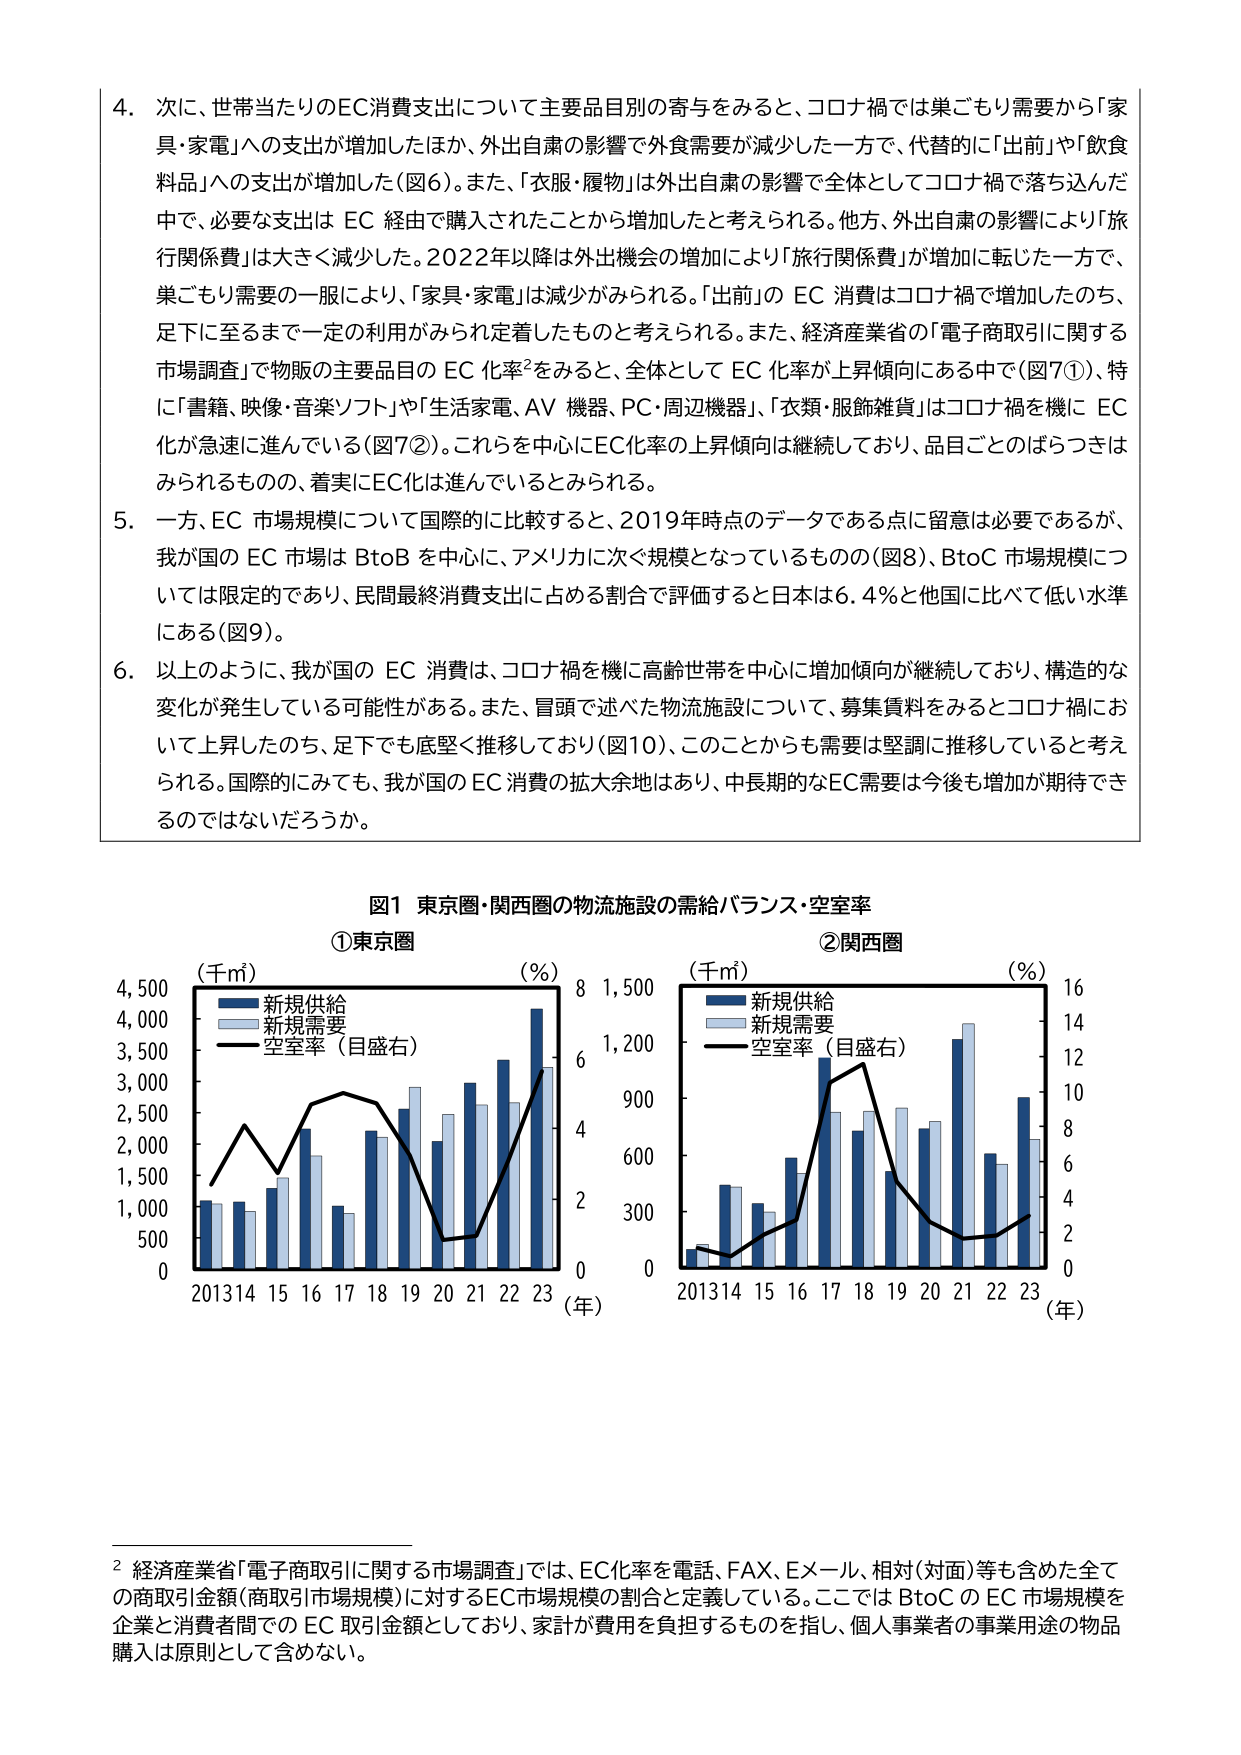
4. 次に、世帯当たりのEC消費支出について主要品目別の寄与をみると、コロナ禍では巣ごもり需要から「家具・家電」への支出が増加したほか、外出自粛の影響で外食需要が減少した一方で、代替的に「出前」や「飲食料品」への支出が増加した（図6）。また、「衣服・履物」は外出自粛の影響で全体としてコロナ禍で落ち込んだ中で、必要な支出は EC 経由で購入されたことから増加したと考えられる。他方、外出自粛の影響により「旅行関係費」は大きく減少した。2022年以降は外出機会の増加により「旅行関係費」が増加に転じた一方で、巣ごもり需要の一眼により、「家具・家電」は減少がみられる。「出前」の EC 消費はコロナ禍で増加したのち、足下に至るまで一定の利用がみられ定着したものと考えられる。また、経済産業省の「電子商取引に関する市場調査」で物販の主要品目の EC 化率²をみると、全体として EC 化率が上昇傾向にある中で（図7①）、特に「書籍、映像・音楽ソフト」や「生活家電、AV 機器、PC・周辺機器」、「衣類・服飾雑貨」はコロナ禍を機に EC 化が急速に進んでいる（図7②）。これらを中心にEC化率の上昇傾向は継続しており、品目ごとのばらつきはみられるものの、着実にEC化は進んでいるとみられる。

5. 一方、EC 市場規模について国際的に比較すると、2019年時点のデータである点に留意は必要であるが、我が国の EC 市場は BtoB を中心に、アメリカに次ぐ規模となっているものの（図8）、BtoC 市場規模については限定的であり、民間最終消費支出に占める割合で評価すると日本は6.4％と他国に比べて低い水準にある（図9）。

6. 以上のように、我が国の EC 消費は、コロナ禍を機に高齢世帯を中心に増加傾向が継続しており、構造的な変化が発生している可能性がある。また、冒頭で述べた物流施設について、募集賃料をみるとコロナ禍において上昇したのち、足下でも底堅く推移しており（図10）、このことからも需要は堅調に推移していると考えられる。国際的にみても、我が国の EC 消費の拡大余地はあり、中長期的なEC需要は今後も増加が期待できるのではないだろうか。

図1 東京圏・関西圏の物流施設の需給バランス・空室率

①東京圏
（千㎡）
新規供給
新規需要
空室率（目盛右）
（％）
8
6
4
2
0
4,500
4,000
3,500
3,000
2,500
2,000
1,500
1,000
500
0
2013 14 15 16 17 18 19 20 21 22 23 （年）

②関西圏
（千㎡）
新規供給
新規需要
空室率（目盛右）
（％）
16
14
12
10
8
6
4
2
0
1,500
1,200
900
600
300
0
2013 14 15 16 17 18 19 20 21 22 23 （年）

² 経済産業省「電子商取引に関する市場調査」では、EC化率を電話、FAX、Eメール、相対（対面）等も含めた全ての商取引金額（商取引市場規模）に対するEC市場規模の割合と定義している。ここでは BtoC の EC 市場規模を企業と消費者間での EC 取引金額としており、家計が費用を負担するものを指し、個人事業者の事業用途の物品購入は原則として含めない。